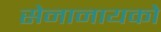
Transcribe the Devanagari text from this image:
सेनानायको